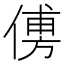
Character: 𠌽